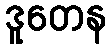
ဒူတေန